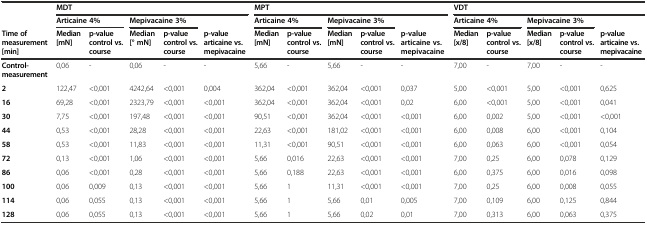
<table><thead><tr><td></td><td colspan="5"><b>MDT</b></td><td colspan="5"><b>MPT</b></td><td colspan="5"><b>VDT</b></td></tr><tr><td></td><td colspan="2"><b>Articaine 4%</b></td><td colspan="2"><b>Mepivacaine 3%</b></td><td></td><td colspan="2"><b>Articaine 4%</b></td><td colspan="2"><b>Mepivacaine 3%</b></td><td></td><td colspan="2"><b>Articaine 4%</b></td><td colspan="2"><b>Mepivacaine 3%</b></td><td></td></tr><tr><td><b>Time of measurement [min]</b></td><td><b>Median [mN]</b></td><td><b>p-value control vs. course</b></td><td><b>Median [° mN]</b></td><td><b>p-value control vs. course</b></td><td><b>p-value articaine vs. mepivacaine</b></td><td><b>Median [mN]</b></td><td><b>p-value control vs. course</b></td><td><b>Median [mN]</b></td><td><b>p-value control vs. course</b></td><td><b>p-value articaine vs. mepivacaine</b></td><td><b>Median [x/8]</b></td><td><b>p-value control vs. course</b></td><td><b>Median [x/8]</b></td><td><b>p-value control vs. course</b></td><td><b>p-value articaine vs. mepivacaine</b></td></tr></thead><tbody><tr><td><b>Control- measurement</b></td><td>0,06</td><td>-</td><td>0,06</td><td>-</td><td>-</td><td>5,66</td><td>-</td><td>5,66</td><td>-</td><td>-</td><td>7,00</td><td>-</td><td>7,00</td><td>-</td><td>-</td></tr><tr><td><b>2</b></td><td>122,47</td><td>&lt;0,001</td><td>4242,64</td><td>&lt;0,001</td><td>0,004</td><td>362,04</td><td>&lt;0,001</td><td>362,04</td><td>&lt;0,001</td><td>0,037</td><td>5,00</td><td>&lt;0,001</td><td>5,00</td><td>&lt;0,001</td><td>0,625</td></tr><tr><td><b>16</b></td><td>69,28</td><td>&lt;0,001</td><td>2323,79</td><td>&lt;0,001</td><td>&lt;0,001</td><td>362,04</td><td>&lt;0,001</td><td>362,04</td><td>&lt;0,001</td><td>0,02</td><td>6,00</td><td>&lt;0,001</td><td>5,00</td><td>&lt;0,001</td><td>0,041</td></tr><tr><td><b>30</b></td><td>7,75</td><td>&lt;0,001</td><td>197,48</td><td>&lt;0,001</td><td>&lt;0,001</td><td>90,51</td><td>&lt;0,001</td><td>362,04</td><td>&lt;0,001</td><td>&lt;0,001</td><td>6,00</td><td>0,002</td><td>5,00</td><td>&lt;0,001</td><td>&lt;0,001</td></tr><tr><td><b>44</b></td><td>0,53</td><td>&lt;0,001</td><td>28,28</td><td>&lt;0,001</td><td>&lt;0,001</td><td>22,63</td><td>&lt;0,001</td><td>181,02</td><td>&lt;0,001</td><td>&lt;0,001</td><td>6,00</td><td>0,008</td><td>6,00</td><td>&lt;0,001</td><td>0,104</td></tr><tr><td><b>58</b></td><td>0,53</td><td>&lt;0,001</td><td>11,83</td><td>&lt;0,001</td><td>&lt;0,001</td><td>11,31</td><td>&lt;0,001</td><td>90,51</td><td>&lt;0,001</td><td>&lt;0,001</td><td>6,00</td><td>0,063</td><td>6,00</td><td>&lt;0,001</td><td>0,054</td></tr><tr><td><b>72</b></td><td>0,13</td><td>&lt;0,001</td><td>1,06</td><td>&lt;0,001</td><td>&lt;0,001</td><td>5,66</td><td>0,016</td><td>22,63</td><td>&lt;0,001</td><td>&lt;0,001</td><td>7,00</td><td>0,25</td><td>6,00</td><td>0,078</td><td>0,129</td></tr><tr><td><b>86</b></td><td>0,06</td><td>&lt;0,001</td><td>0,28</td><td>&lt;0,001</td><td>&lt;0,001</td><td>5,66</td><td>0,188</td><td>22,63</td><td>&lt;0,001</td><td>&lt;0,001</td><td>6,00</td><td>0,375</td><td>6,00</td><td>0,016</td><td>0,098</td></tr><tr><td><b>100</b></td><td>0,06</td><td>0,009</td><td>0,13</td><td>&lt;0,001</td><td>&lt;0,001</td><td>5,66</td><td>1</td><td>11,31</td><td>&lt;0,001</td><td>&lt;0,001</td><td>7,00</td><td>0,25</td><td>6,00</td><td>0,008</td><td>0,055</td></tr><tr><td><b>114</b></td><td>0,06</td><td>0,055</td><td>0,13</td><td>&lt;0,001</td><td>&lt;0,001</td><td>5,66</td><td>1</td><td>5,66</td><td>0,01</td><td>0,005</td><td>7,00</td><td>0,109</td><td>6,00</td><td>0,125</td><td>0,844</td></tr><tr><td><b>128</b></td><td>0,06</td><td>0,055</td><td>0,13</td><td>&lt;0,001</td><td>&lt;0,001</td><td>5,66</td><td>1</td><td>5,66</td><td>0,02</td><td>0,01</td><td>7,00</td><td>0,313</td><td>6,00</td><td>0,063</td><td>0,375</td></tr></tbody></table>